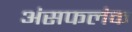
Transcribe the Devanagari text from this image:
अंसफलंक